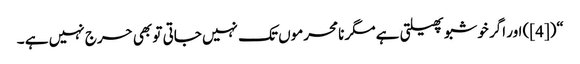
“([4]) اور اگر خوشبو پھیلتی ہے مگر نامحرموں تک نہیں جاتی تو بھی حرج نہیں ہے ۔